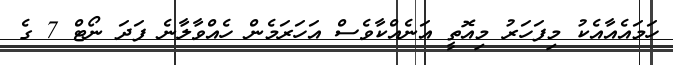
ހަމައެއާއެކު މިފަހަރު މިއޮތީ އަނެއްކާވެސް އަހަރަމެން ހެއްވާލާނެ ފަދަ ނޯޓް 7 ގެ